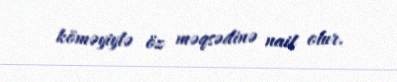
köməyiylə öz məqsədinə nail olur.